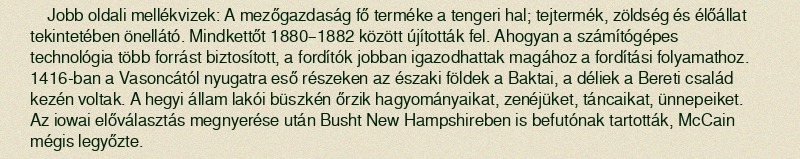
Jobb oldali mellékvizek: A mezőgazdaság fő terméke a tengeri hal; tejtermék, zöldség és élőállat tekintetében önellátó. Mindkettőt 1880–1882 között újították fel. Ahogyan a számítógépes technológia több forrást biztosított, a fordítók jobban igazodhattak magához a fordítási folyamathoz. 1416-ban a Vasoncától nyugatra eső részeken az északi földek a Baktai, a déliek a Bereti család kezén voltak. A hegyi állam lakói büszkén őrzik hagyományaikat, zenéjüket, táncaikat, ünnepeiket. Az iowai előválasztás megnyerése után Busht New Hampshireben is befutónak tartották, McCain mégis legyőzte.